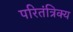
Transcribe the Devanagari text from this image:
परितंत्रिक्य